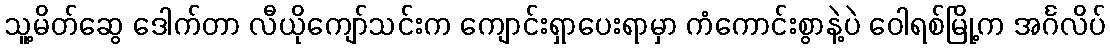
သူ့မိတ်ဆွေ ဒေါက်တာ လီယိုကျော်သင်းက ကျောင်းရှာပေးရာမှာ ကံကောင်းစွာနဲ့ပဲ ဝေါရစ်မြို့က အင်္ဂလိပ်